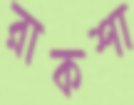
রাকশা